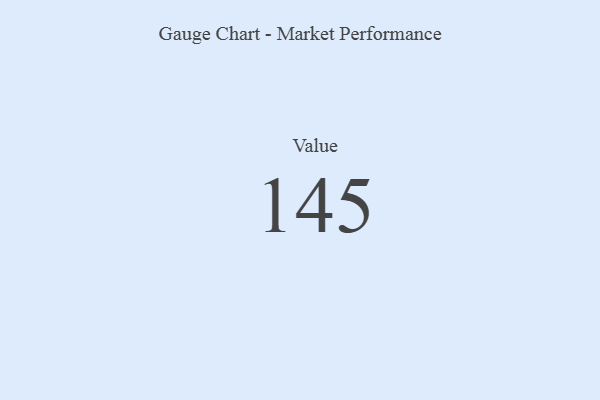
{"axis": {"x": "Metric", "y": "Value"}, "legend": [""], "data": [{"x": "Value", "y": 145, "type": ""}]}